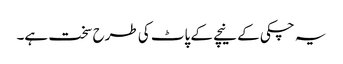
یہ چکی کے نیچے کے پاٹ کی طرح سخت ہے۔